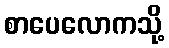
စာပေလောကသို့